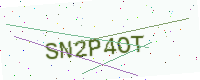
Text: SN2P4OT